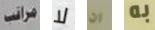
مراقب لا ان به